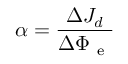
\alpha = \frac { \Delta J _ { d } } { \Delta \Phi _ { \mathrm { ~ e ~ } } }